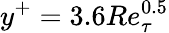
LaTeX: y^{+}=3.6Re_{\tau}^{0.5}